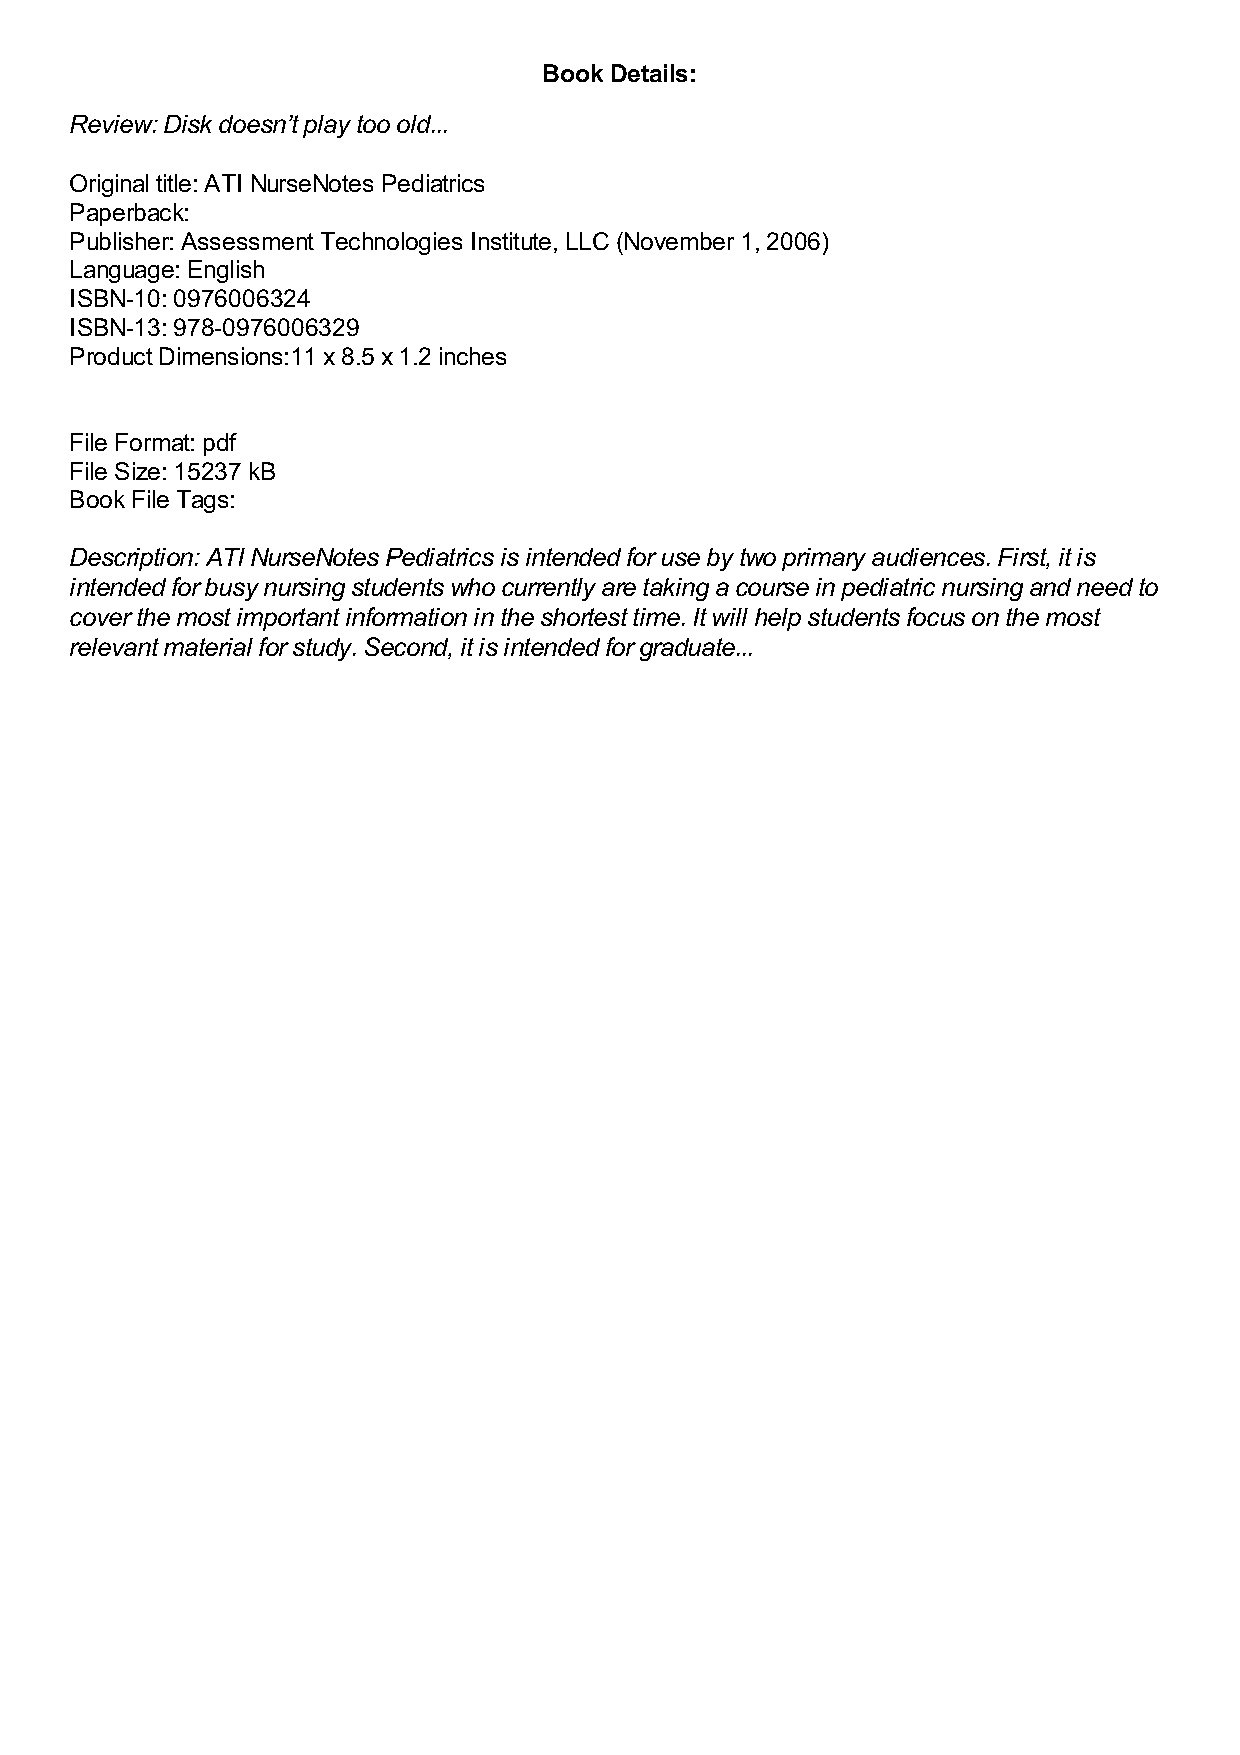
Book Details:
 Review: Disk doesn’t play too old...
 Original title: ATI NurseNotes Pediatrics
 Paperback:
 Publisher: Assessment Technologies Institute, LLC (November 1, 2006)
 Language: English
 ISBN-10: 0976006324
 ISBN-13: 978-0976006329
 Product Dimensions:11 x 8.5 x 1.2 inches
 File Format: pdf
 File Size: 15237 kB
 Book File Tags:
 Description: ATI NurseNotes Pediatrics is intended for use by two primary audiences. First, it is
 intended for busy nursing students who currently are taking a course in pediatric nursing and need to
 cover the most important information in the shortest time. It will help students focus on the most
 relevant material for study. Second, it is intended for graduate...